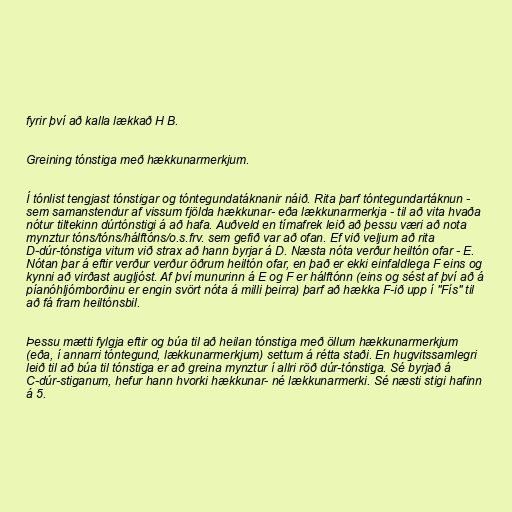
fyrir því að kalla lækkað H B.

Greining tónstiga með hækkunarmerkjum.

Í tónlist tengjast tónstigar og tóntegundatáknanir náið. Rita þarf tóntegundartáknun -
sem samanstendur af vissum fjölda hækkunar- eða lækkunarmerkja - til að vita hvaða
nótur tiltekinn dúrtónstigi á að hafa. Auðveld en tímafrek leið að þessu væri að nota
mynztur tóns/tóns/hálftóns/o.s.frv. sem gefið var að ofan. Ef við veljum að rita
D-dúr-tónstiga vitum við strax að hann byrjar á D. Næsta nóta verður heiltón ofar - E.
Nótan þar á eftir verður verður öðrum heiltón ofar, en það er ekki einfaldlega F eins og
kynni að virðast augljóst. Af því munurinn á E og F er hálftónn (eins og sést af því að á
píanóhljómborðinu er engin svört nóta á milli þeirra) þarf að hækka F-ið upp í "Fís" til
að fá fram heiltónsbil.

Þessu mætti fylgja eftir og búa til að heilan tónstiga með öllum hækkunarmerkjum
(eða, í annarri tóntegund, lækkunarmerkjum) settum á rétta staði. En hugvitssamlegri
leið til að búa til tónstiga er að greina mynztur í allri röð dúr-tónstiga. Sé byrjað á
C-dúr-stiganum, hefur hann hvorki hækkunar- né lækkunarmerki. Sé næsti stigi hafinn
á 5.